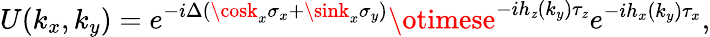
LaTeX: U(k_{x},k_{y})=e^{-i\Delta(\cosk_{x}\sigma_{x}+\sink_{x}\sigma_{y})}\otimese^{-ih_{\mathit{z}}(k_{y})\tau_{\mathit{z}}}e^{-ih_{x}(k_{y})\tau_{x}},